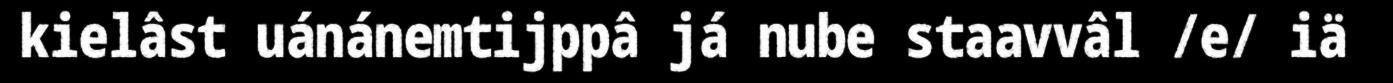
kielâst uánánemtijppâ já nube staavvâl /e/ iä